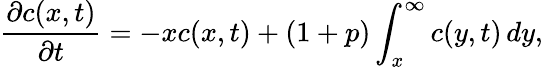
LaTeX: {\frac{\partial c(x,t)}{\partial t}}=-xc(x,t)+(1+p)\int_{x}^{\infty}c(y,t)\, dy,